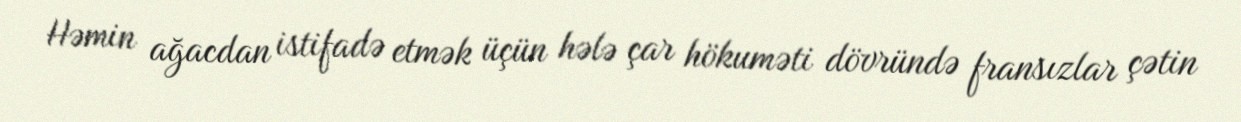
Həmin ağacdan istifadə etmək üçün hələ çar hökuməti dövründə fransızlar çətin